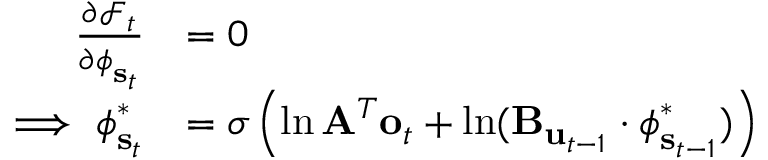
\begin{array} { r l } { \frac { \partial \mathcal { F } _ { t } } { \partial \boldsymbol { \phi } _ { \mathbf { s } _ { t } } } } & { = 0 } \\ { \implies \boldsymbol { \phi } _ { \mathbf { s } _ { t } } ^ { * } } & { = \sigma \left( \ln \mathbf { A } ^ { T } \mathbf { o } _ { t } + \ln ( \mathbf { B } _ { \mathbf { u } _ { t - 1 } } \cdot \boldsymbol { \phi } _ { \mathbf { s } _ { t - 1 } } ^ { * } ) \right) } \end{array}